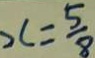
x = \frac { 5 } { 8 }